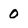
Character: 0